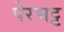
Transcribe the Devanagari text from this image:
पेरभट्ट